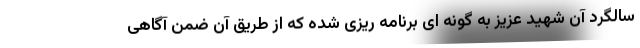
سالگرد آن شهید عزیز به گونه ای برنامه ریزی شده که از طریق آن ضمن آگاهی